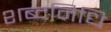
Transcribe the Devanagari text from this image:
शब्दनिधि